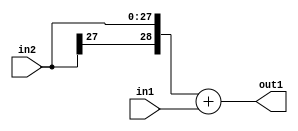
`timescale 1ps / 1ps
/*****************************************************************************
    Verilog RTL Description
    
    
    Created by: Stratus DpOpt 2019.1.01 
*******************************************************************************/

module GaussFilter_Add_28Sx2U_29S_4 (
	in2,
	in1,
	out1
	); /* architecture "behavioural" */ 
input [27:0] in2;
input [1:0] in1;
output [28:0] out1;
wire [28:0] asc001;

assign asc001 = 
	+({in2[27], in2})
	+(in1);

assign out1 = asc001;
endmodule

/* CADENCE  ubLzSgE= : u9/ySgnWtBlWxVPRXgAZ4Og= ** DO NOT EDIT THIS LINE ******/